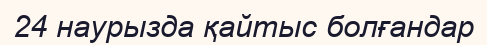
24 наурызда қайтыс болғандар